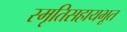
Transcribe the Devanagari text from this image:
स्मृतिसहायभूत